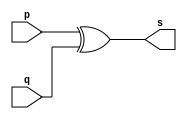
//------------------
//Exercicio006 - XOR e expresso
//Nome: Felipe Barros
//-------------------

module xorgate (output s, input p, input q);
assign s= p^q;
endmodule

module AND1 (output s2, input p2, input q2 );
assign s2= ~p2 & q2;
endmodule

module AND2 (output s3, input p3, input q3 );

assign s3= ~q3 & p3;
endmodule


module testexorgate;
reg a, b;
wire s, s1, s2, s3;
xorgate XOR1 (s, a, b);
AND1 and1(s1, a, b);
AND2 and2 (s2, a, b);


initial begin: start
a=0; b=0;
end

initial begin

$display ("teste xor e expresso de xor" );
$display ("  \na  b ~ab a~b (~ab)+(a~b)\n");
a=0; b=0;
#1 $display ("%b %b %b  %b    %b", a, b, s1, s2, s);
a=0; b=1;
#1 $display ("%b %b %b  %b    %b", a, b, s1, s2, s);
a=1; b=0;
#1 $display ("%b %b %b  %b    %b", a, b, s1, s2, s);
a=1; b=1;
#1 $display ("%b %b %b  %b    %b", a, b, s1, s2, s);
end
endmodule